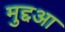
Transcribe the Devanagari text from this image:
मुद्दआ